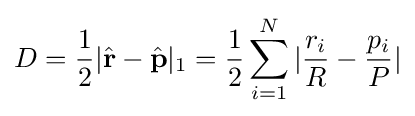
D={\frac {1}{2}}|{\hat {\mathbf {r} }}-{\hat {\mathbf {p} }}|_{1}={\frac {1}{2}}\sum _{i=1}^{N}|{\frac {r_{i}}{R}}-{\frac {p_{i}}{P}}|